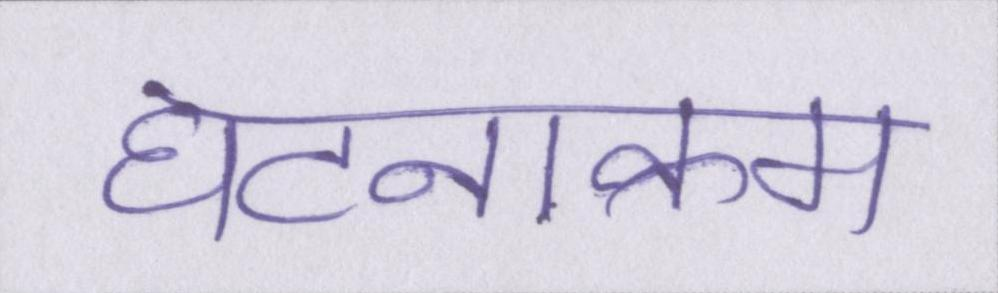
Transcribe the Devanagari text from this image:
घटनाक्रम